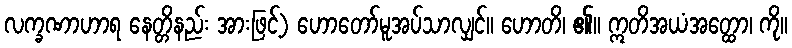
လက္ခဏာဟာရ နေတ္တိနည်း အားဖြင့်) ဟောတော်မူအပ်သာလျှင်။ ဟောတိ၊ ၏။ ဣတိအယံအတ္ထော၊ ကို။